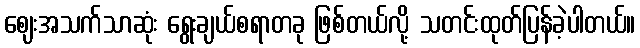
ဈေးအသက်သာဆုံး ရွေးချယ်စရာတခု ဖြစ်တယ်လို့ သတင်းထုတ်ပြန်ခဲ့ပါတယ်။